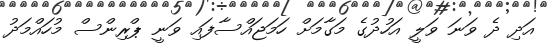
އަދި ދެ ވަނަ ވަލީ އަހުދުގެ މަގާމަށް ހަމަޖައްސާފައި ވަނީ ޕްރިންސް މުހައްމަދު